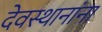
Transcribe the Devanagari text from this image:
देवस्थानांना